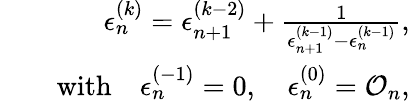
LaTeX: \begin{array}{rlr}&{}&{\epsilon_{n}^{(k)}=\epsilon_{n+1}^{(k-2)}+\frac{1}{\epsilon_{n+1}^{(k-1)}-\epsilon_{n}^{(k-1)}},}\\ &{}&{\mathrm{with\quad}\epsilon_{n}^{(-1)}=0,\quad\epsilon_{n}^{(0)}=\mathcal{O}_{n},}\end{array}